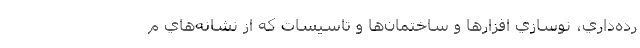
رده‌داري، نوسازي افزارها و ساختمان‌ها و تاسيسات كه از نشانه‌هاي م